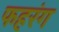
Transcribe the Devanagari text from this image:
फहरंग